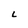
Character: L